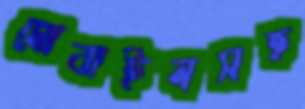
মোবাইলসহ